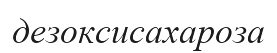
дезоксисахароза